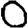
Digit: 0